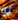
له